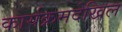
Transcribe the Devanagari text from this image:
कार्यक्रमदेखिल